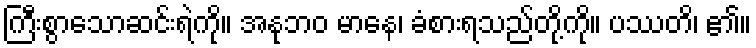
ကြီးစွာသောဆင်းရဲကို။ အနုဘဝ မာနေ၊ ခံစားရသည်တို့ကို။ ပဿတိ၊ ၏။